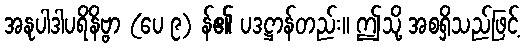
အနုပါဒါပရိနိဗ္ဗာ (ပေ ၉) န်၏ ပဒဋ္ဌာန်တည်း။ ဤသို့ အစရှိသည်ဖြင့်